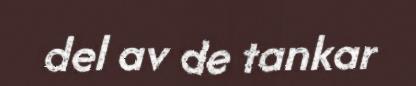
del av de tankar